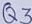
Text: Q3